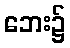
ဘေး၌